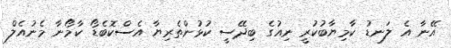
އޭނާ އެ ލަނޑު ކާމިޔާބުކުރީ ނިއުގެ ބިދޭސީ ކުޅުންތެރިޔާ އެސްކޮބެޑޯ ކާމޯނާ މެނުއެލް